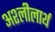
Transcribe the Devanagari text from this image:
अश्लीलार्थ